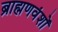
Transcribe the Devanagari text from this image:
ब्राह्मणवंशों